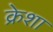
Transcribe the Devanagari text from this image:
क्रेशा